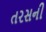
તરસની